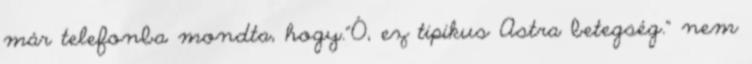
már telefonba mondta, hogy."Ó, ez tipikus Astra betegség." nem